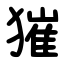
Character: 獕